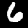
Label: 6